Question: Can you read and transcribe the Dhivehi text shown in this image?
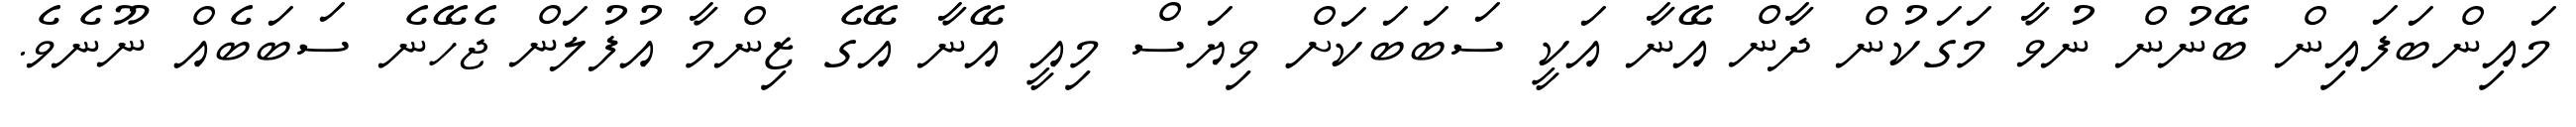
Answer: މައިންބަފައިން ބޭނުން ނުވާ މަގަކުން ދާން އޭނާ އަކީ ސަބަބަކަށް ވިޔަސް މިއީ އޭނާ އޭގެ ޒިންމާ އުފުލަން ޖެހޭނެ ސަބަބެއް ނޫނެވެ.